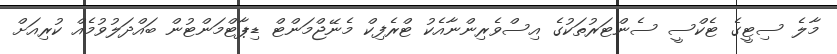
މާލެ ސިޓީގެ ޓެކްސީ ސެންޓަރުތަކުގެ އިސްވެރިންނާއެކު ޓްރެފިކް މެނޭޖްމަންޓް ޑިޕާޓްމަންޓުން ބައްދަލުވުމެއް ކުރިއަށް